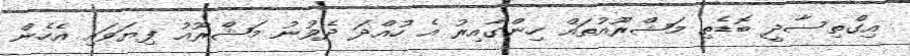
އިގްތިސާދީ ބޮޑެތި މަޝްރޫއުތައް ހިންގާއިރު އެ ހުއްދަ ދެވުނު މަޝްރޫއު ފިޔަވައި އެހެން